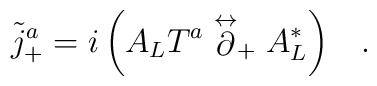
\tilde{j}^a_+ = i \left( A_L T^a\stackrel{\leftrightarrow}{\partial}_+ A^*_L \right) \;\;\; .